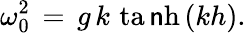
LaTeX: \omega_{0}^{2}\, =\, g\, k\, \operatorname{ta\mathsf{n}h}\, (kh).